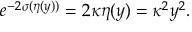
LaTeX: e ^ { - 2 \sigma ( \eta ( y ) ) } = 2 \kappa \eta ( y ) = \kappa ^ { 2 } y ^ { 2 } .